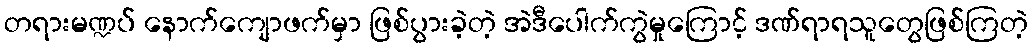
တရားမဏ္ဍပ် နောက်ကျောဖက်မှာ ဖြစ်ပွားခဲ့တဲ့ အဲဒီပေါက်ကွဲမှုကြောင့် ဒဏ်ရာရသူတွေဖြစ်ကြတဲ့